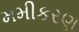
મમીકરણ